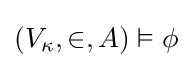
(V_{\kappa },\in ,A)\vDash \phi